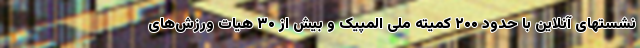
نشستهای آنلاین با حدود ۲۰۰ کمیته ملی المپیک و بیش از ۳۰ هیات ورزش‌های